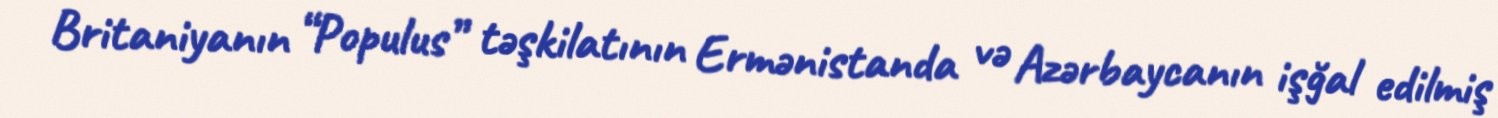
Britaniyanın “Populus” təşkilatının Ermənistanda və Azərbaycanın işğal edilmiş